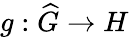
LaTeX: g:{\widehat{G}}\rightarrow H